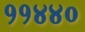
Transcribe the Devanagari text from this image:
११४४०